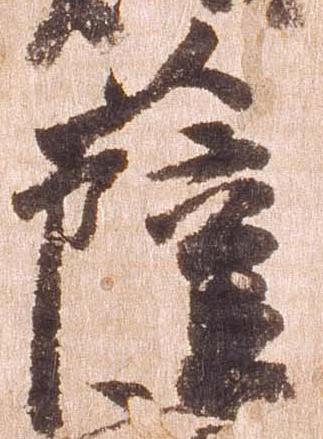
薩